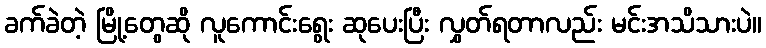
ခက်ခဲတဲ့ မြို့တွေဆို လူကောင်းရွေး ဆုပေးပြီး လွှတ်ရတာလည်း မင်းအသိသားပဲ။